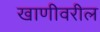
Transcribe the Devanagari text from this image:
खाणीवरील